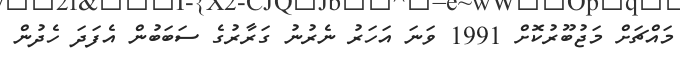
މައްޗަށް މަޖުބޫރުކޮށް 1991 ވަނަ އަހަރު ނެރުނު ގަރާރުގެ ސަބަބުން އެފަދަ ހެދުން